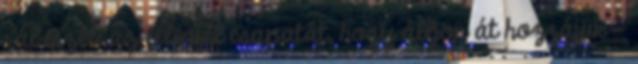
rábeszéli az ellenfél csapatát, hogy álljon át hozzájuk -